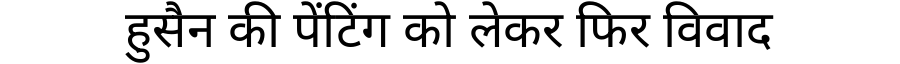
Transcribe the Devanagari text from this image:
हुसैन की पेंटिंग को लेकर फिर विवाद